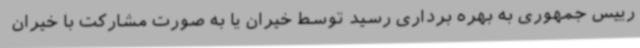
رییس جمهوری به بهره برداری رسید توسط خیران یا به صورت مشارکت با خیران